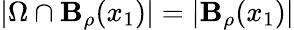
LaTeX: |\Omega\cap\mathbf{B}_{\rho}(x_{1})|=|\mathbf{B}_{\rho}(x_{1})|